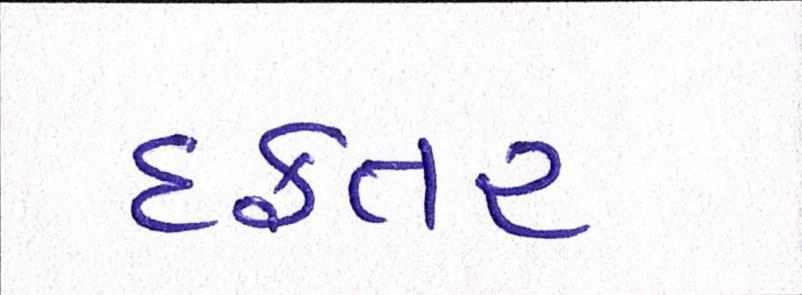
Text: દફતર